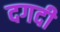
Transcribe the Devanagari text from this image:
दगदी